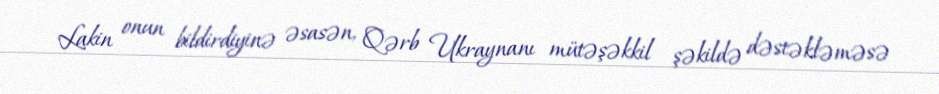
Lakin onun bildirdiyinə əsasən, Qərb Ukraynanı mütəşəkkil şəkildə dəstəkləməsə